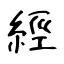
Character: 經